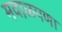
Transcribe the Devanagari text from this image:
मवाळपणा